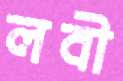
লবী